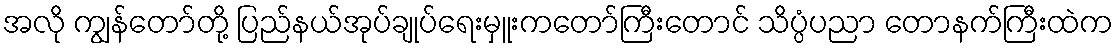
အလို ကျွန်တော်တို့ ပြည်နယ်အုပ်ချုပ်ရေးမှူးကတော်ကြီးတောင် သိပ္ပံပညာ တောနက်ကြီးထဲက